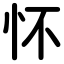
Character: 怀